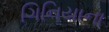
ગિનિયાના